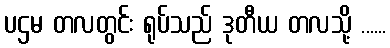
ပဌမ တလတွင်း ရုပ်သည် ဒုတီယ တလသို့ ......